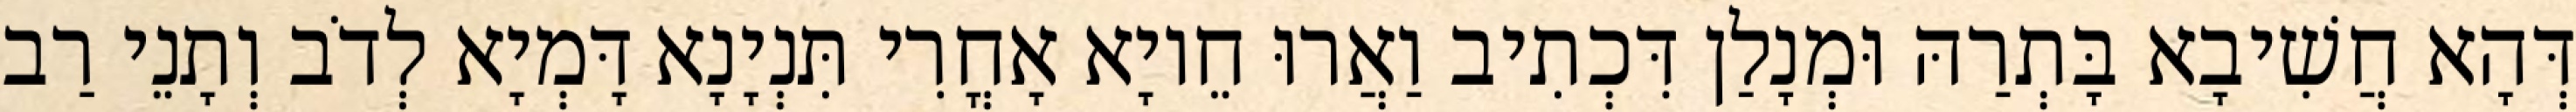
דְּהָא חֲשִׁיבָא בָּתְרַהּ וּמְנָלַן דִּכְתִיב וַאֲרוּ חֵיוָא אָחֳרִי תִּנְיָנָא דָּמְיָא לְדֹב וְתָנֵי רַב